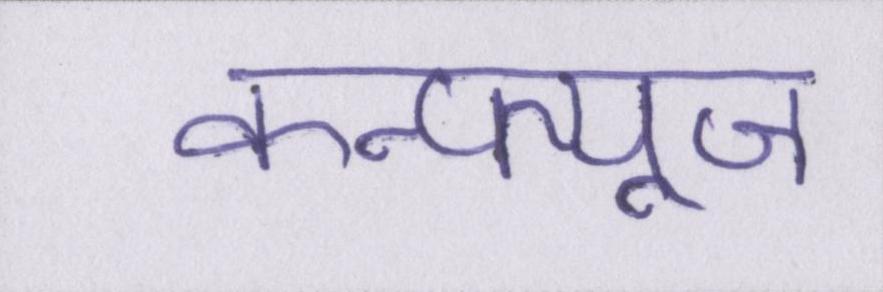
कन्फ्यूज